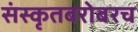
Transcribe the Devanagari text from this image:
संस्कृतबरोबरच